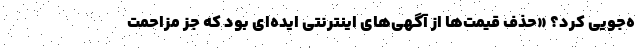
ه‌جویی کرد؟ «حذف قیمت‌ها از آگهی‌های اینترنتی ایده‌ای بود که جز مزاحمت